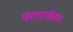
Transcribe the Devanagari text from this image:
परागसेचन